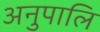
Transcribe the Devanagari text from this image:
अनुपालि